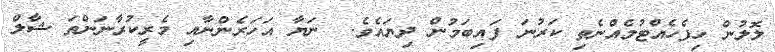
ލޮލުން ހިފެހެއްޓުމެއްނެތި ކަރުނަ ފައިބަމުން ދިޔައެވެ.  ނަޔާ އަހަރެންނާއި މެރީކުރާނަންތަ ޝާލް